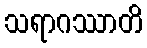
သရာဂဿာတိ